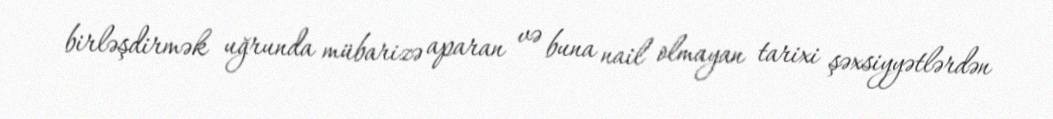
birləşdirmək uğrunda mübarizə aparan və buna nail olmayan tarixi şəxsiyyətlərdən